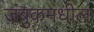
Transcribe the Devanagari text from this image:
जंबुकमधील